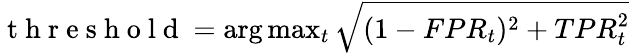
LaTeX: \begin{array}{r}{\mathrm{~t~h~r~e~s~h~o~l~d~}=\arg\operatorname*{max}_{t}\sqrt{(1-{FPR}_{t})^{2}+{TPR}_{t}^{2}}}\end{array}